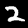
Digit: 2